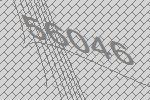
56046